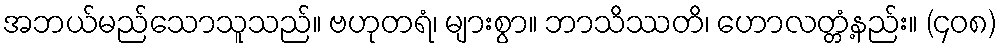
အဘယ်မည်သောသူသည်။ ဗဟုတရံ၊ များစွာ။ ဘာသိဿတိ၊ ဟောလတ္တံ့နည်း။ (၄၀၈)